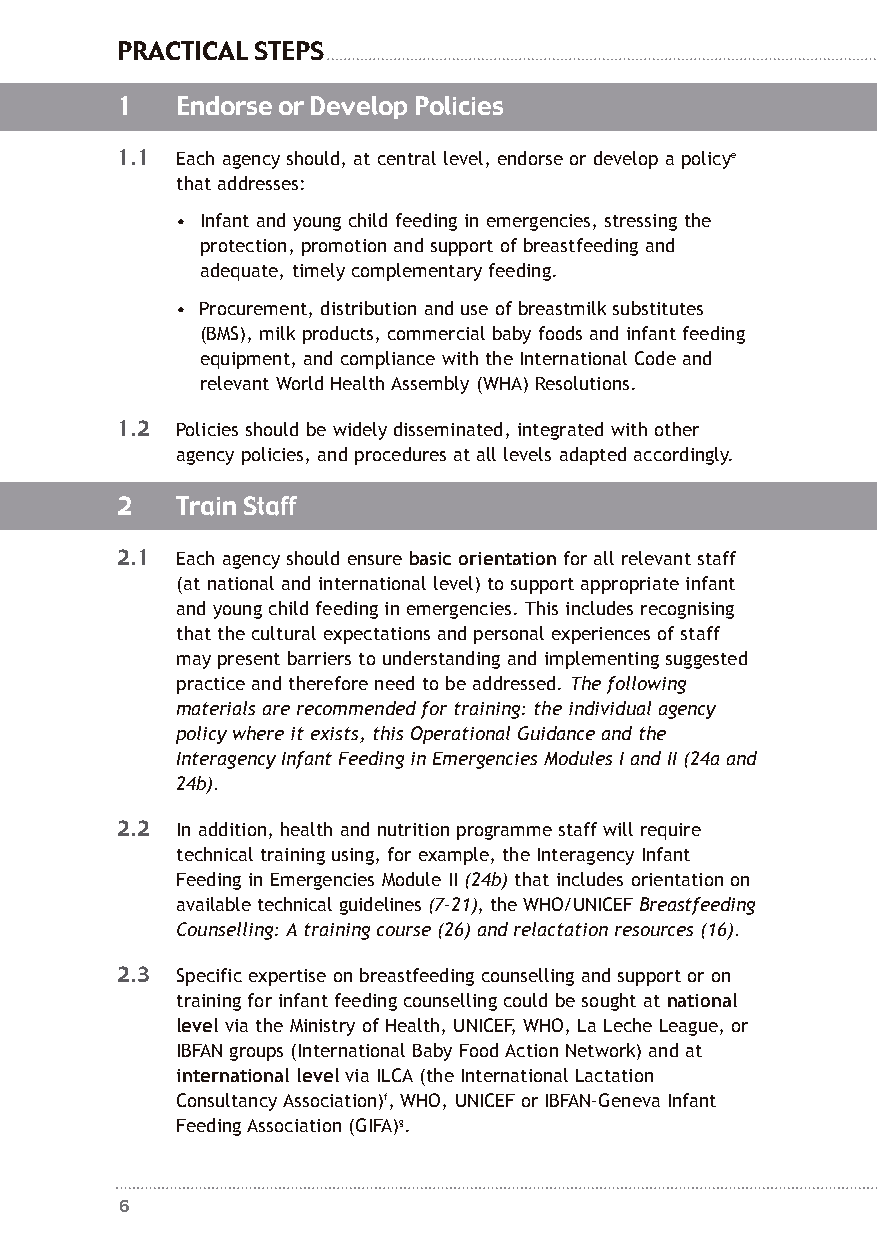
PRACTICAL STEPS
 1   Endorse or Develop Policies
 1.1 Each agency should, at central level, endorse or develop a policye
 that addresses:
 • Infant and young child feeding in emergencies, stressing the
 protection, promotion and support of breastfeeding and
 adequate, timely complementary feeding.
 • Procurement, distribution and use of breastmilk substitutes
 (BMS), milk products, commercial baby foods and infant feeding
 equipment, and compliance with the International Code and
 relevant World Health Assembly (WHA) Resolutions.
 1.2 Policies should be widely disseminated, integrated with other
 agency policies, and procedures at all levels adapted accordingly.
 2   Train Staff
 2.1 Each agency should ensure basic orientationfor all relevant staff
 (at national and international level) to support appropriate infant
 and young child feeding in emergencies. This includes recognising
 that the cultural expectations and personal experiences of staff
 may present barriers to understanding and implementing suggested
 practice and therefore need to be addressed. The following
 materials are recommended for training: the individual agency
 policy where it exists, this Operational Guidance and the
 Interagency Infant Feeding in Emergencies Modules I and II (24a and
 24b).
 2.2 In addition, health and nutrition programme staff will require
 technical training using, for example, the Interagency Infant
 Feeding in Emergencies Module II (24b)that includes orientation on
 available technical guidelines (7-21), the WHO/UNICEF Breastfeeding
 Counselling: A training course (26) and relactation resources (16).
 2.3 Specific expertise on breastfeeding counselling and support or on
 training for infant feeding counselling could be sought at national
 levelvia the Ministry of Health, UNICEF, WHO, La Leche League, or
 IBFAN groups (International Baby Food Action Network) and at
 international levelvia ILCA (the International Lactation
 Consultancy Association)f, WHO, UNICEF or IBFAN-Geneva Infant
 Feeding Association (GIFA)g.
 6